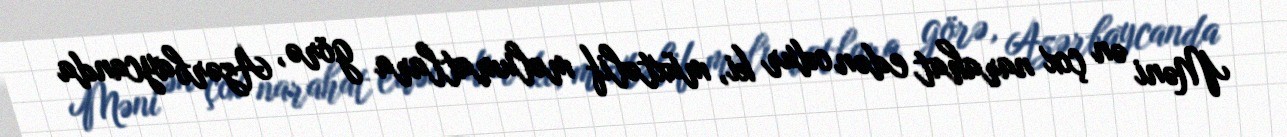
Məni ən çox narahat edən odur ki, müxtəlif məlumatlara görə, Azərbaycanda